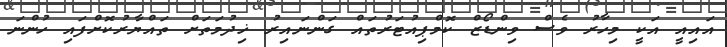
އައިއީ އަކީ މިހާރު ވެސް ވިންޑޯޒް ކޮމްޕިއުޓަރުތައް ގަންނައިރު ޚިދުމަތަށް ތައްޔާރުކޮށްފައި ހުންނަ